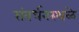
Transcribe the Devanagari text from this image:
संवर्धनस्थळे